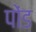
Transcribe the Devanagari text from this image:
पोंड